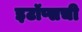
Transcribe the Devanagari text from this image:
इटॉप्सची